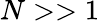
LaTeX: N>>1